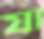
যা